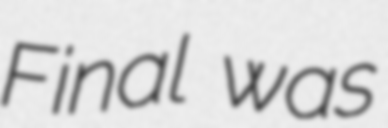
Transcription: Final was